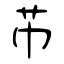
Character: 芇